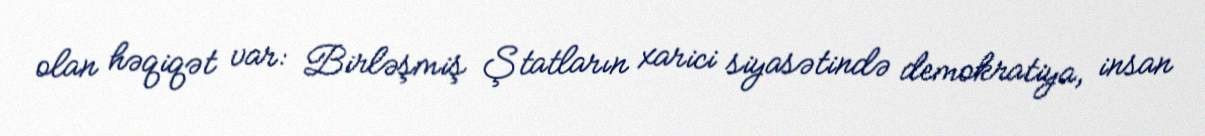
olan həqiqət var: Birləşmiş Ştatların xarici siyasətində demokratiya, insan